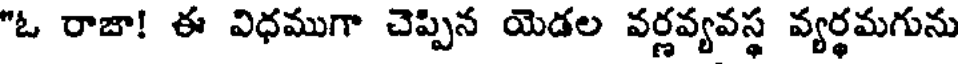
"ఓ రాజా! ఈ విధముగా చెప్పిన యెడల వర్ణవ్యవస్థ వ్యర్థమగును